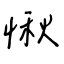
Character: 愀